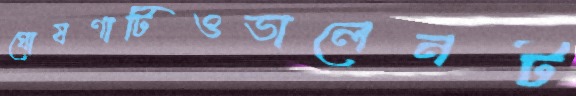
ঘোষণাটিওভালেনট